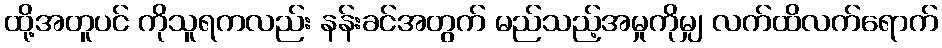
ထို့အတူပင် ကိုသူရကလည်း နန်းခင်အတွက် မည်သည့်အမှုကိုမျှ လက်ထိလက်ရောက်